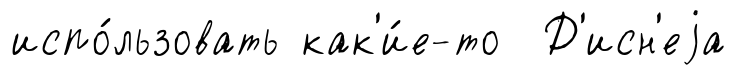
испо́льзовать как'и́е-то Д'исн'еjа